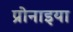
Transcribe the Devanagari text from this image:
प्रोनाइया